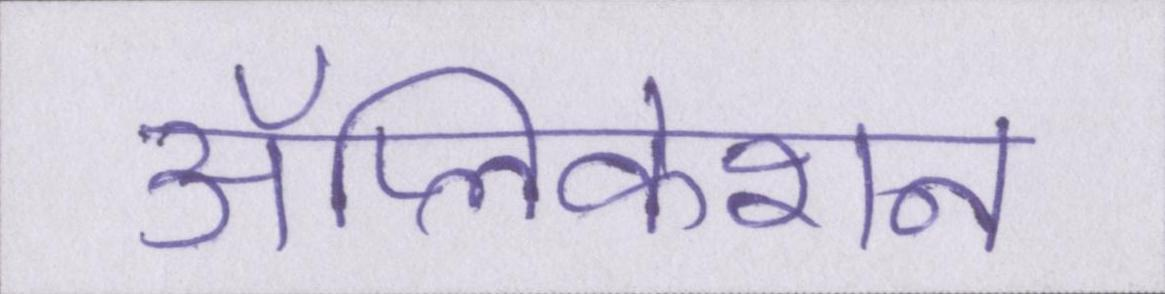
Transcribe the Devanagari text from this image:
ॲप्लिकेशन